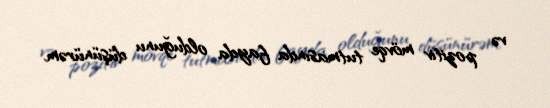
və pozitiv mövqe tutmasında fayda olduğunu düşünürəm.